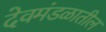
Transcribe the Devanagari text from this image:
देवमंडळातील